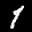
Label: 1